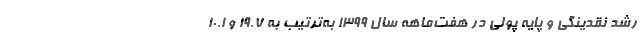
رشد نقدینگی و پایه پولی در هفت‌ماهه سال 1399 به‌ترتیب به 19.7 و 10.1